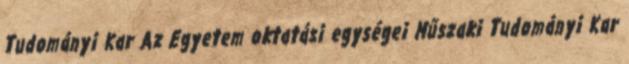
Tudományi Kar Az Egyetem oktatási egységei Műszaki Tudományi Kar